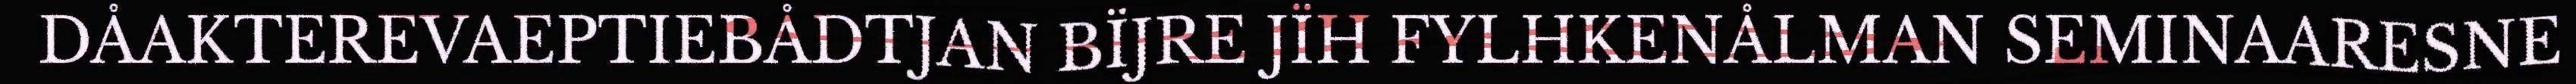
DÅAKTEREVAEPTIEBÅDTJAN BÏJRE JÏH FYLHKENÅLMAN SEMINAARESNE